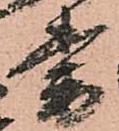
番